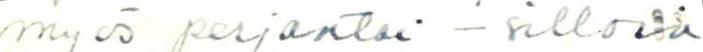
myös perjantai - silloin